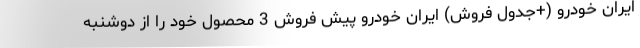
ایران خودرو (+جدول فروش) ایران خودرو پیش فروش 3 محصول خود را از دوشنبه